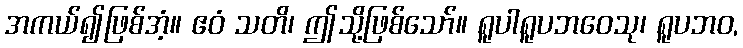
အကယ်၍ဖြစ်အံ့။ ဧဝံ သတိ၊ ဤသို့ဖြစ်သော်။ ရူပါရူပဘဝေသု၊ ရူပဘဝ,